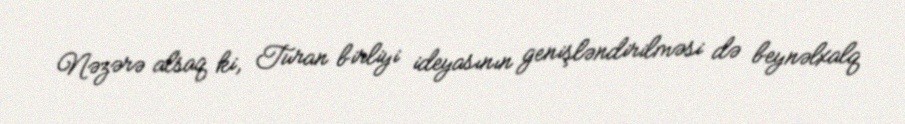
Nəzərə alsaq ki, Turan birliyi ideyasının genişləndirilməsi də beynəlxalq